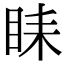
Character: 𥅦